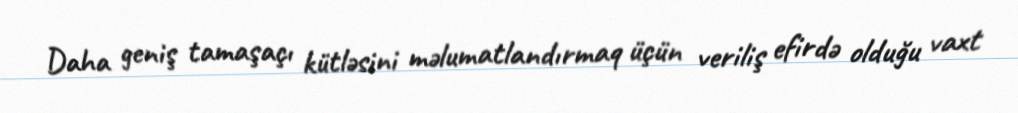
Daha geniş tamaşaçı kütləsini məlumatlandırmaq üçün veriliş efirdə olduğu vaxt